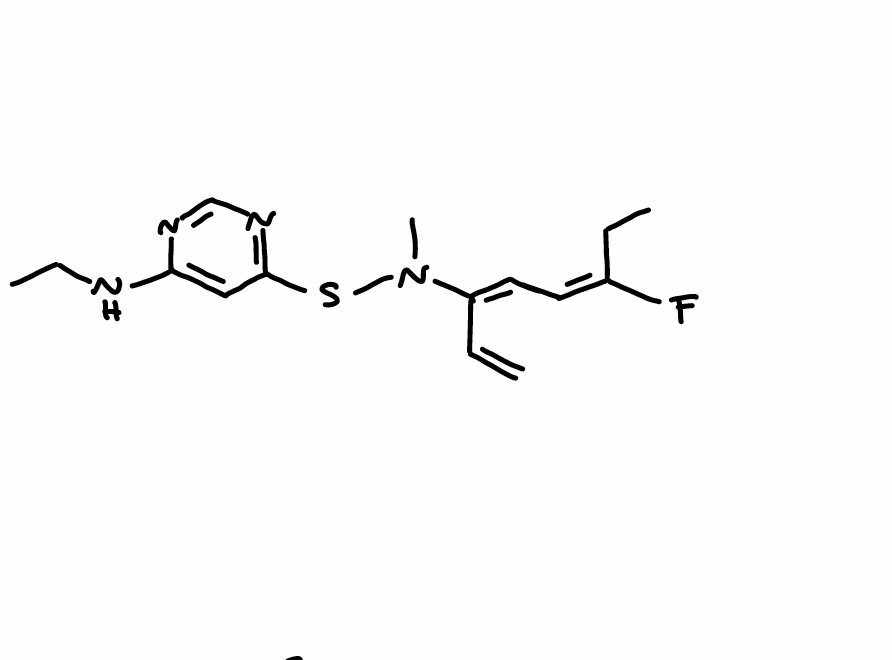
Simplified molecular-input line-entry system (SMILES) notation of the given molecule:
CC/C(=C\C=C(/C=C)\N(C)SC1=NC=NC(=C1)NCC)/F